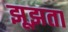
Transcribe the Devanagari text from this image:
झूझता